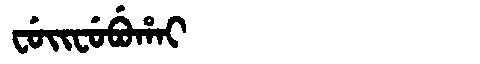
Manchu: ᠸᡠᡳᠸᡠᠪᡠᡥᠠᡳ
Romanization: FUIFUBUHAI